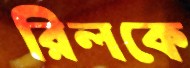
রিলকে